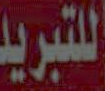
للتبريد